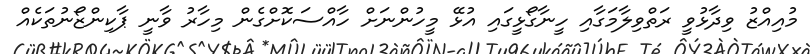
މުއިއްޒު ވިދާޅުވީ ރަތްވިލާމަގާއި ހީނާގޯޅީގައި އުޅޭ މީހުންނަށް ހާއްސަކޮށްގެން މިހާރު ވާނީ ޕާކިންޒޯނުތަކެއް